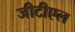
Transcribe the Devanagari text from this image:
जीटीएल